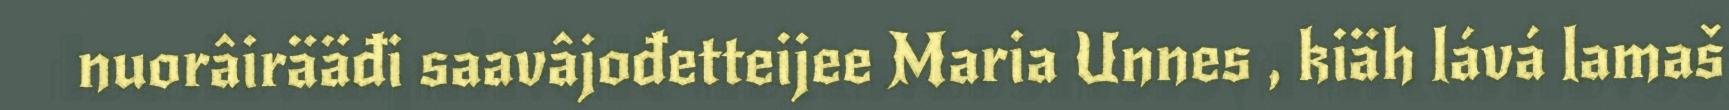
nuorâirääđi saavâjođetteijee Maria Unnes , kiäh lává lamaš